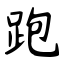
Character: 跑